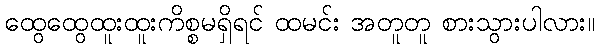
ထွေထွေထူးထူးကိစ္စမရှိရင် ထမင်း အတူတူ စားသွားပါလား။